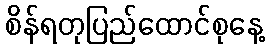
စိန်ရတုပြည်ထောင်စုနေ့